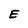
Character: E